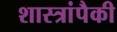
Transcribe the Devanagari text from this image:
शास्त्रांपैकी